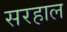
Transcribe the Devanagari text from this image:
सरहाल